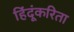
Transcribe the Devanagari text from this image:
हिंदूंकरिता